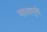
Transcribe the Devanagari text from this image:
माधवमुनी